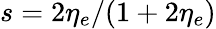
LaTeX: s=2\eta_{e}/(1+2\eta_{e})